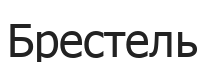
Брестель